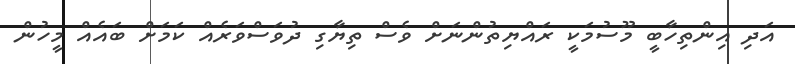
އަދި އިންތިހާބީ މޫސުމަކީ ރައްޔިތުންނަށް ވެސް ތިޔާގި ދުވަސްވަރެއް ކަމަށް ބައެއް މީހުން